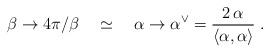
LaTeX: \begin{align*}\beta \rightarrow 4\pi /\beta \quad \simeq \quad \alpha \rightarrow \alpha^{\vee }=\frac{2\,\alpha }{\left\langle \alpha ,\alpha \right\rangle }\;.\end{align*}